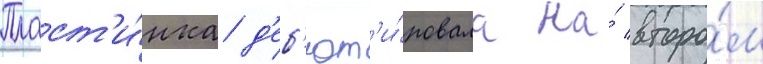
Пласт'и́нка д'еб'ют'и́ровала на́ второ́м